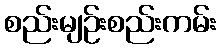
စည်းမျဉ်းစည်းကမ်း